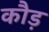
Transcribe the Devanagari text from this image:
कौड़